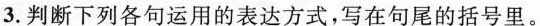
3.判断下列各句运用的表达方式，写在句尾的括号里。